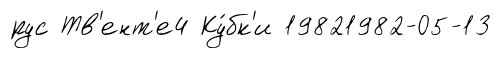
рус Тв'ент'е4 Ку́бк'и 19821982-05-13